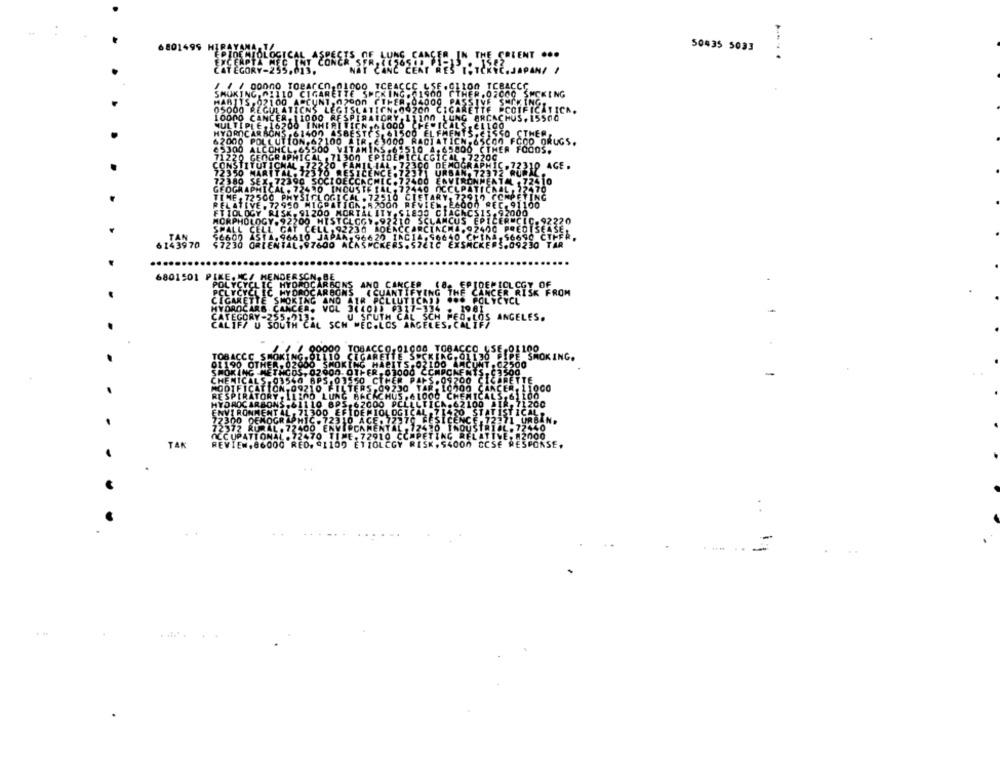
6801499
50435 5033
THE COLENT ...
......
STČKYC.JAPAN! !
00 TCBACCO
JER.07000 SMOKING
CETTE PCOIFICATICA.
FIVE SMOKING
ARCACHUS , 15500
ELLOO
310 AGE.
143970
6801501
.
LOS
TAK